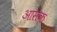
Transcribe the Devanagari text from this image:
आसेक